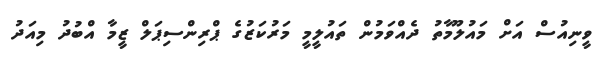
ވީނިއުސް އަށް މައުލޫމާތު ދެއްވަމުން ތައުލީމީ މަރުކަޒުގެ ޕްރިންސިޕަލް ޒީމާ އްބުދު މިއަދު